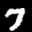
Label: 7